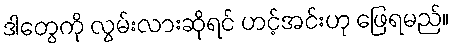
ဒါတွေကို လွမ်းလားဆိုရင် ဟင့်အင်းဟု ဖြေရမည်။